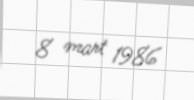
8 mart 1986